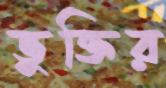
ভুক্তির